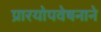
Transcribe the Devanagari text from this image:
प्रारयोपवेषनाने